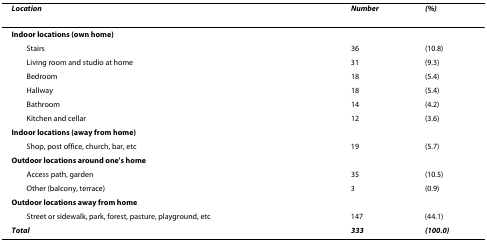
<table><thead><tr><td><b><i>Location</i></b></td><td><b><i>Number</i></b></td><td><b><i>(%)</i></b></td></tr></thead><tbody><tr><td><b>Indoor locations (own home)</b></td><td></td><td></td></tr><tr><td> Stairs</td><td>36</td><td>(10.8)</td></tr><tr><td> Living room and studio at home</td><td>31</td><td>(9.3)</td></tr><tr><td> Bedroom</td><td>18</td><td>(5.4)</td></tr><tr><td> Hallway</td><td>18</td><td>(5.4)</td></tr><tr><td> Bathroom</td><td>14</td><td>(4.2)</td></tr><tr><td> Kitchen and cellar</td><td>12</td><td>(3.6)</td></tr><tr><td><b>Indoor locations (away from home)</b></td><td></td><td></td></tr><tr><td> Shop, post office, church, bar, etc</td><td>19</td><td>(5.7)</td></tr><tr><td><b>Outdoor locations around one&#x27;s home</b></td><td></td><td></td></tr><tr><td> Access path, garden</td><td>35</td><td>(10.5)</td></tr><tr><td> Other (balcony, terrace)</td><td>3</td><td>(0.9)</td></tr><tr><td><b>Outdoor locations away from home</b></td><td></td><td></td></tr><tr><td> Street or sidewalk, park, forest, pasture, playground, etc</td><td>147</td><td>(44.1)</td></tr><tr><td><b><i>Total</i></b></td><td><b><i>333</i></b></td><td><b><i>(100.0)</i></b></td></tr></tbody></table>